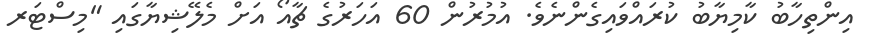
އިންތިހާބު ކާމިޔާބު ކުރައްވައިގެންނެވެ. އުމުރުން 60 އަހަރުގެ ޗާއޯ އަށް މެލޭޝިޔާގައި "މިސްޓަރ